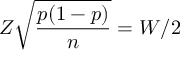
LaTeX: Z { \sqrt { \frac { p ( 1 - p ) } { n } } } = W / 2